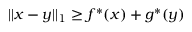
| | x - y | | _ { 1 } \geq f ^ { * } ( x ) + g ^ { * } ( y )